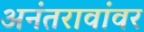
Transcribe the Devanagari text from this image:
अनंतरावांवर